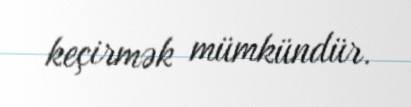
keçirmək mümkündür.